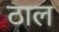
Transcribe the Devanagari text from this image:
ठाल